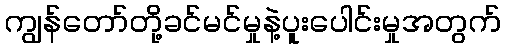
ကျွန်တော်တို့ခင်မင်မှုနဲ့ပူးပေါင်းမှုအတွက်